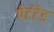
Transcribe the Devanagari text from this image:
पेटंटेड